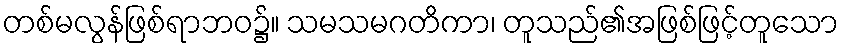
တစ်မလွန်ဖြစ်ရာဘဝ၌။ သမသမဂတိကာ၊ တူသည်၏အဖြစ်ဖြင့်တူသော